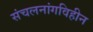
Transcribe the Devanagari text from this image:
संचलनांगविहीन